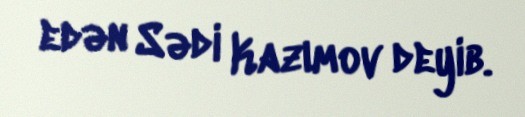
edən Sədi Kazımov deyib.